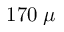
1 7 0 \; \mu